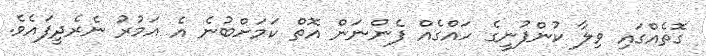
ގޮތެއްގައި ވިލާ ކުންފުނީގެ ހައްގެއް ފެންނަން އޮތް ކަމަށްބުނެ އެ އަމުރު ނެރެދީފައެވެ.